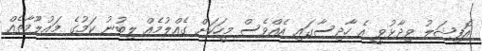
އޮފިޝަލު ވިދާޅުވީ އެ ހާދިސާގައި އެއްވެސް މީހަކަށް ގެއްލުމެއް ލިބުނު ކަމުގެ މައުލޫމާތެއް